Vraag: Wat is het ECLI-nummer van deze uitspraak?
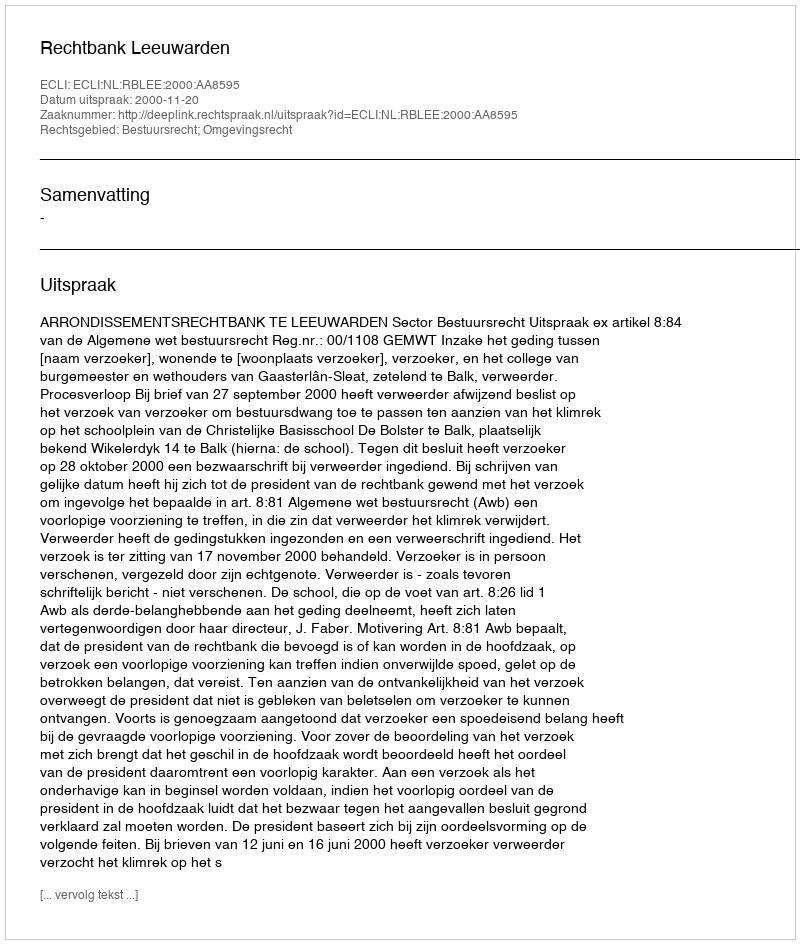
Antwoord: ECLI:NL:RBLEE:2000:AA8595